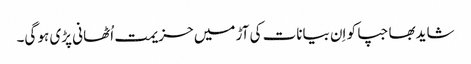
شایدبھاجپا کو اِن بیانات کی آڑ میں حزیمت اُٹھانی پڑی ہو گی۔